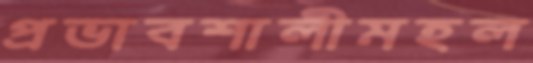
প্রভাবশালীমহল